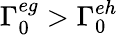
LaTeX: \Gamma_{0}^{eg}>\Gamma_{0}^{eh}